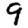
Digit: 9